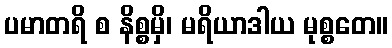
ပမာတရိ စ နိစ္စမှိ၊ မရိယာဒါယ မုစ္စတေ။